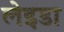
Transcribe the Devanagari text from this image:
लेइडा